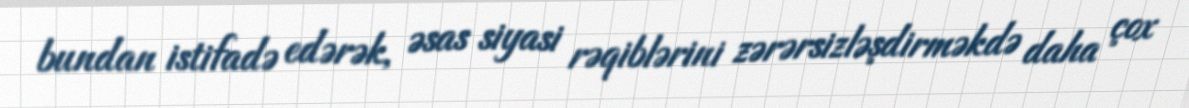
bundan istifadə edərək, əsas siyasi rəqiblərini zərərsizləşdirməkdə daha çox